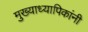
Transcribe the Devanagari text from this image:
मुख्याध्यापिकांनी